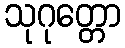
သုဂုတ္တော